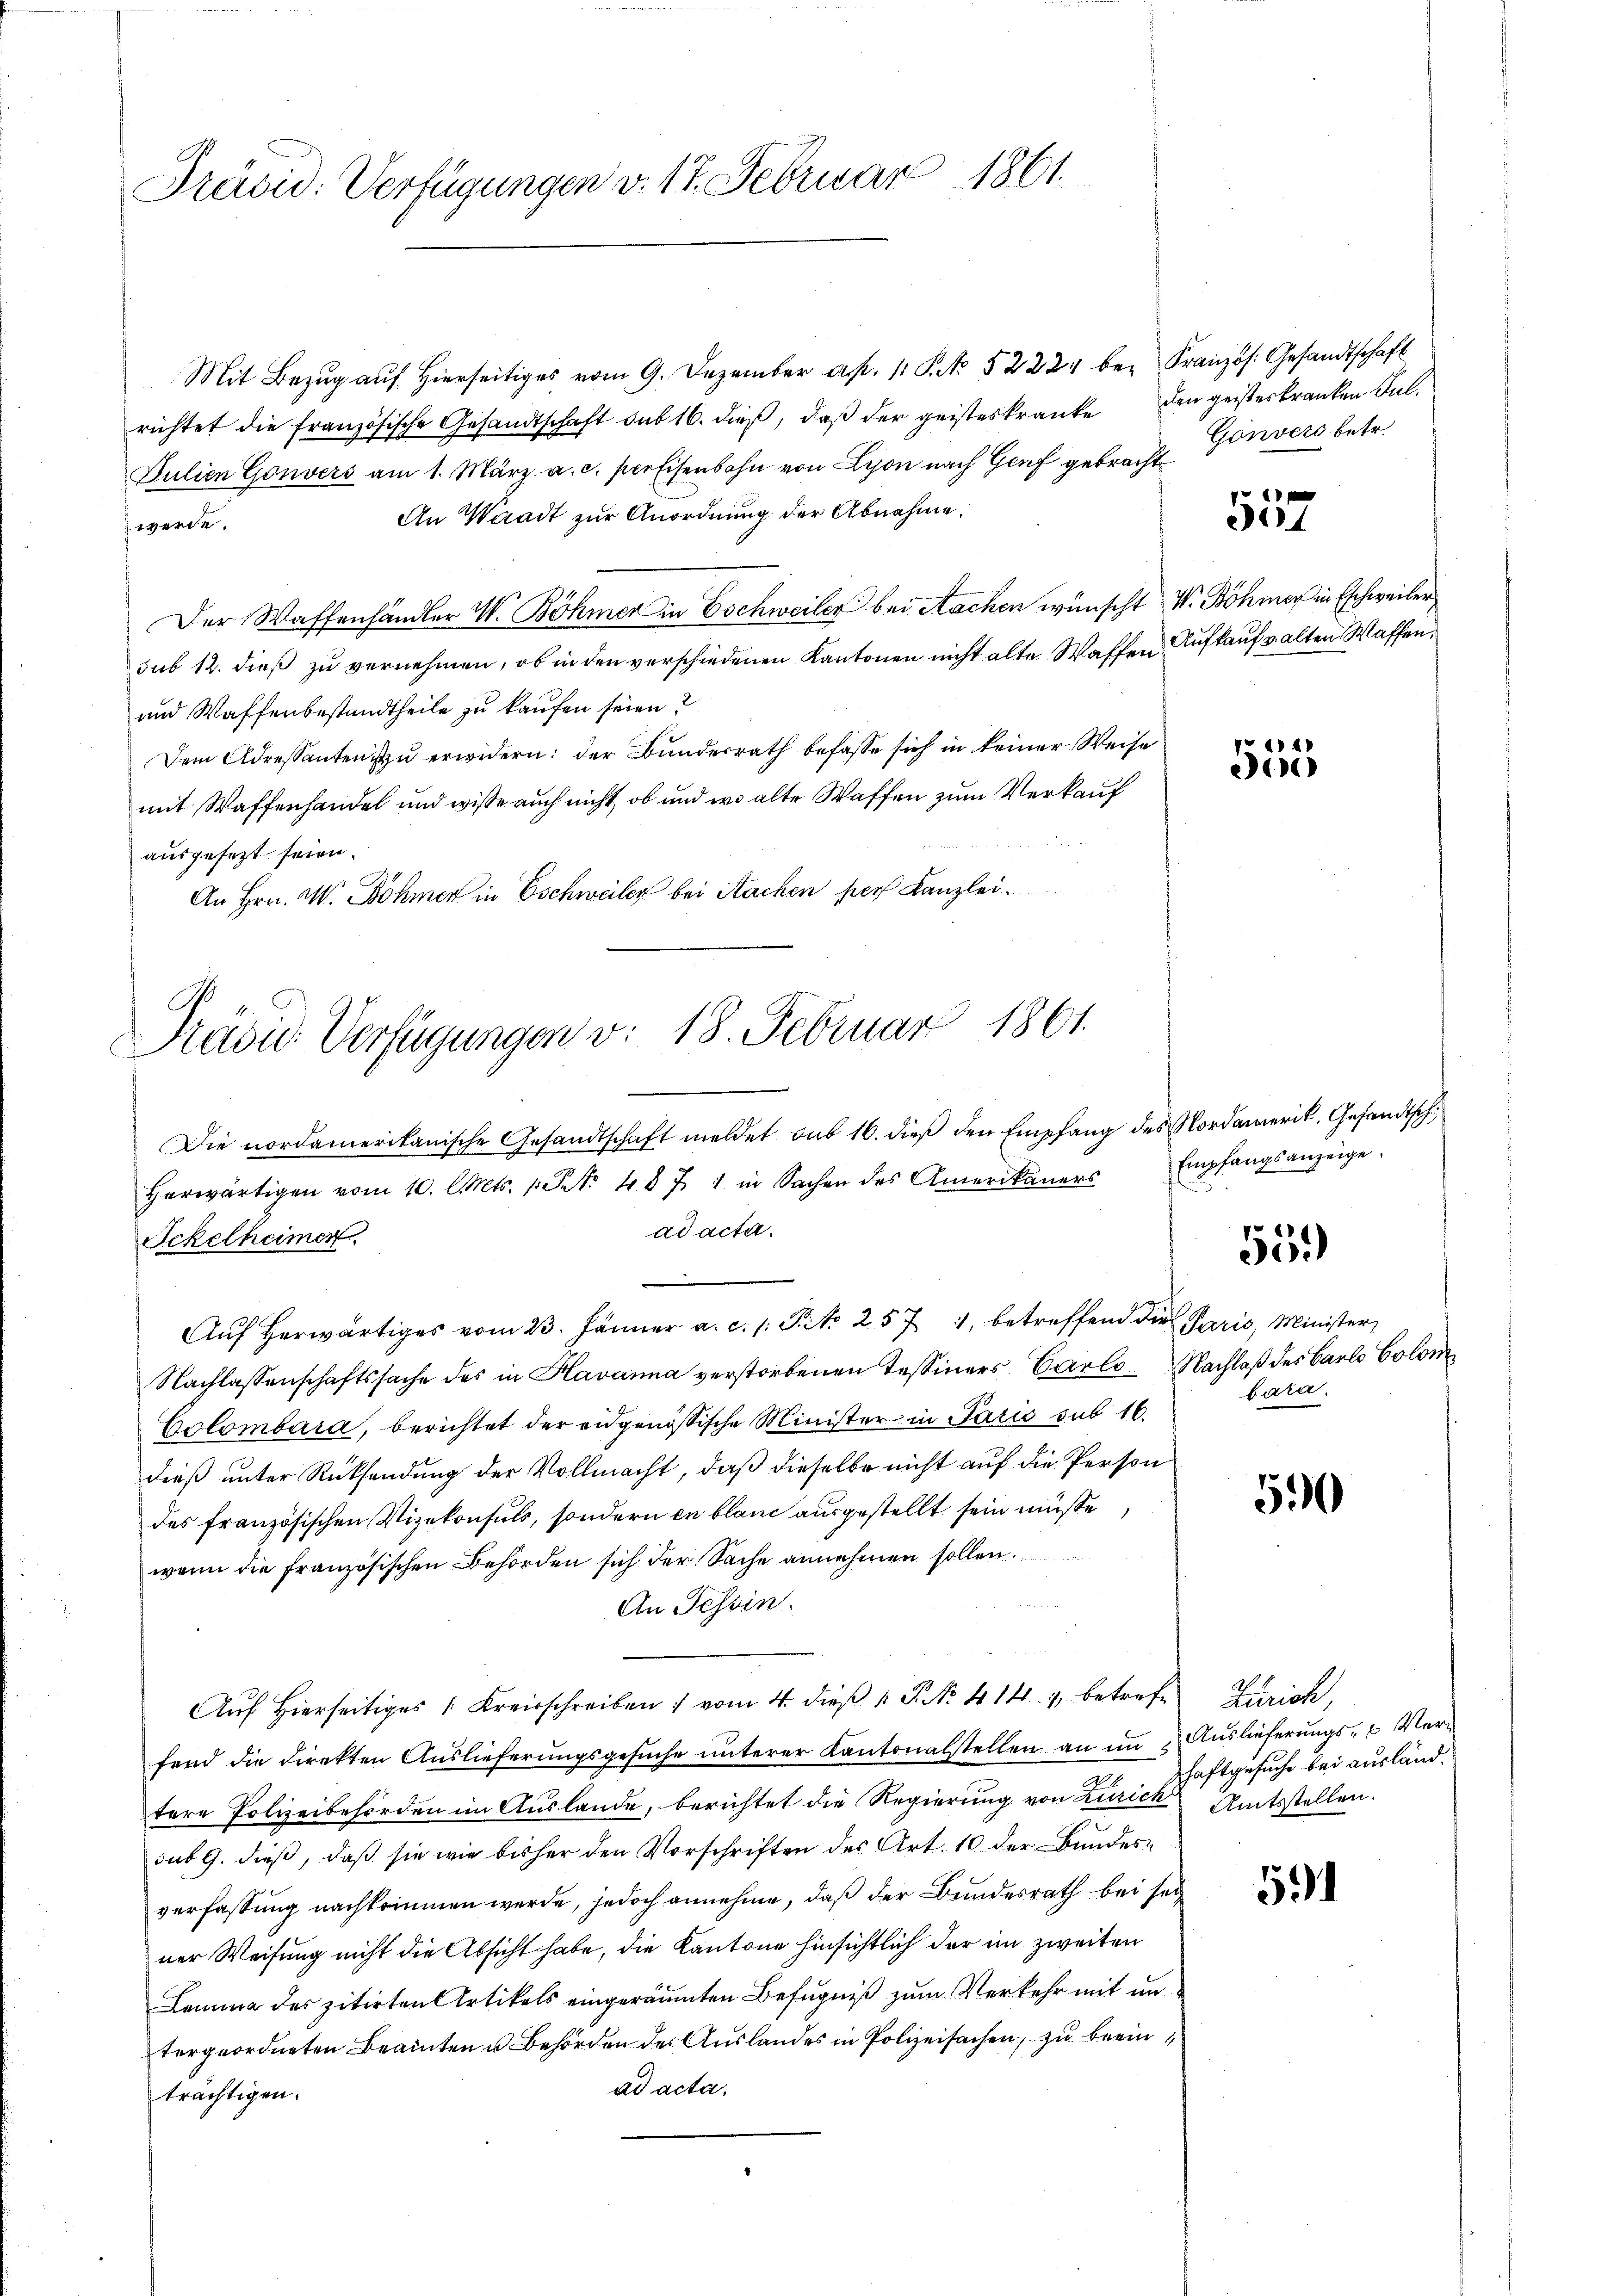
Präsid. Verfügungen v. 17. Februar 1861.

Mit Bezŭg aŭf hierseitiges vom 9. Dezember a. p. 1. P. No 5222 bei Französ. Gesandtschaft
richtet die französische Gesandtschaft sub 16. dieß, daβ der geisteskranke den geisterkranken Jul.
Julien Gouvers am 1. März a. c. per Eisenbahn von Lyon nach Genf gebracht
An Waadt zur Anordnung der Abnahme.
werde.
Der Waffenhändler W. Böhmer in Eschweiler bei Nachen wünscht W. Böhmer in Eschweiler,
sub 12. dieß zu vernehmen, ob in den verschiedenen Kantonen nicht alte Waffen Aufkauf alten Waffen.
und Waffenbestandtheile zu kaufen seien?
Dem Adressanten ist zu erwidern: der Bundesrath befasse sich in keiner Weise
mit Waffenhandel und wisse auch nicht, ob und wo alte Waffen zum Verkauf
ausgesezt seien.
An Hrn. W. Böhmer in Eschweiler bei Nachen hier Kanzlei.

Präsid. Verfügungen v. 18. Februar 1861.
Die nordamerikanische Gesandtschaft meldet sub 16. dieß den Empfang des Nordamerik, Gesandtsch
herwärtigen vom 10. Cts. 1. St. 487. 1 in Sachen des Amerikaners

Gönvers betr.

ad acta.
Ickelheimen
Aŭf herwärtiges vom 23. Jänner a. c. s. Tit. 257 1, betreffend die Paris, Minister
Nachlassenschaftssache des in Havanna verstorbenen Tessiners Carlo Nachlaß des Barlo Colom
Colombara, berichtet der eidgenössische Minister in Paris sub 16.
dieß unter Rücksendung der Vollmacht, daß dieselbe nicht auf die Person
des französischen Vizekonsuls, sondern in blanc ausgestellt sein müsse
wenn die französischen Behörden sich der Sache annehmen sollen.
An Tessin.
Aŭf Hierseitiges 1. Kreisschreiben vom 4. dieβ k. P. Nr. 414. 1, betrefe Zürich,
fend die direkten Auslieferŭngsgesŭche ŭnterer Kantonalstellen an in Auslieferungs- u Ver-
tere Polizeibehörden im Auslande, berichtet die Regierung von Zürich Amtsstellen.
sub 9. dieß, daß sie wie bisher den Vorschriften des Art. 10 der Bundesverfassung nachkommen werde, jedoch annehme, daß der Bundesrath bei seiner Weisung nicht die Absicht habe, die Kantone hinsichtlich der im zweiten
Lemma des zitirten Artikels eingeräumten Befugniß zum Verkehr mit untergeordneten Beamten u. Behörden der Auslandes in Polizeisachen, zu berein
ad acta,
trächtigen.

1
.

Pe 44
e

Empfangsanzeige.
.

559)

bara.

590

haftgesuche bei ausländ¬

51